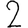
Digit: 2